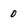
Character: 0